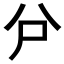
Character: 𠔅